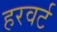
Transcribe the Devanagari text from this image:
हरवर्ट